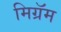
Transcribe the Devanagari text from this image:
मिग्रॅम